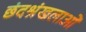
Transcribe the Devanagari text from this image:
छंदश्रंखलाओं